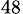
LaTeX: _{48}